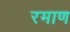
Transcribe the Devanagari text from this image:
रमाण